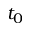
t _ { 0 }